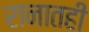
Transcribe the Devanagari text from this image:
रानातही